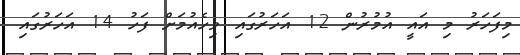
މިފަހަރު މި އައީ އުމުރުން 12 އަހަރުގައި ވިހެއުމަށް ފަހު 14 އަހަރުގައި